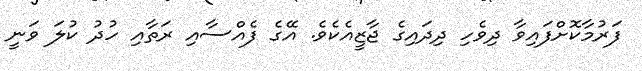
ފަރުމާކޮށްފައިވާ ދިވެހި ދިދައިގެ ޖާޒީއެކެވެ. އޭގެ ފެއްސާއި ރަތާއި ހުދު ކުލަ ވަނީ